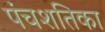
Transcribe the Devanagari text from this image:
पंचशतिका